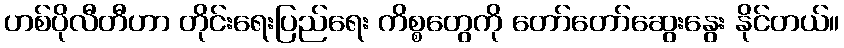
ဟစ်ပိုလီတီဟာ တိုင်းရေးပြည်ရေး ကိစ္စတွေကို တော်တော်ဆွေးနွေး နိုင်တယ်။